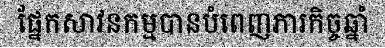
ផ្នែកសាវនកម្មបានបំពេញភារកិច្ចឆ្នាំ